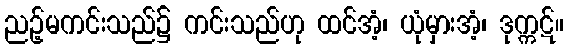
ညဉ့်မကင်းသည်၌ ကင်းသည်ဟု ထင်အံ့၊ ယုံမှားအံ့၊ ဒုက္ကဋ်။